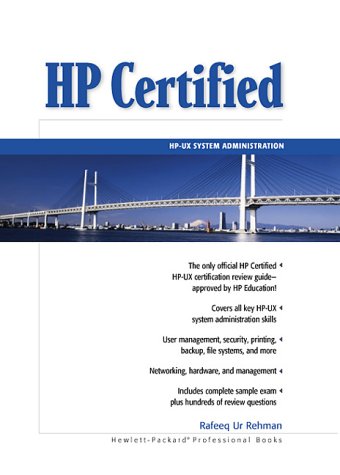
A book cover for HP Certified:  HP-UX System Administration; Rafeeq Rehman; Computers & Technology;